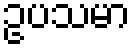
ဥပသမာ